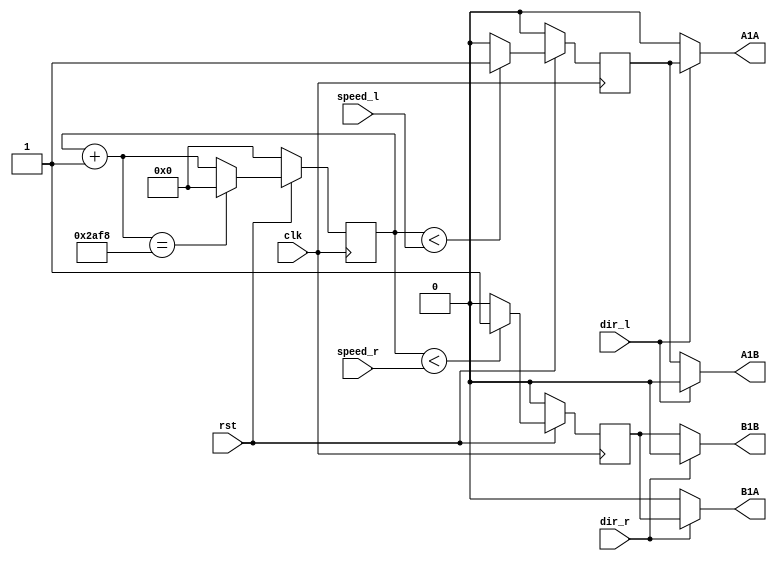
module Motor(
				input clk,
				input rst,
				input dir_l,
				input dir_r,
				input wire [13:0]speed_l,
				input wire [13:0]speed_r,
				output A1A,
				output A1B,
				output B1A,
				output B1B
);
	reg [13:0] counter;
	reg pwm_l;
	reg pwm_r;
	parameter NUM_C = 11000; // counter max value motor speed varies within (0- NUM_C)
	
	always@(posedge clk)
	begin
		if(rst == 1)
		begin
			if (counter < speed_l)
				pwm_l = 1'b1;
			
			else
				pwm_l = 1'b0;
			
			if (counter < speed_r)
				pwm_r = 1'b1;
				
			else
				pwm_r = 1'b0;
				
			
			counter = counter + 1;
			if (counter == NUM_C)
				counter = 0;
		end
		else
		begin
			counter = 0;
			pwm_l = 0;
			pwm_r = 0;
		end
	end
	
	assign A1A = (dir_l == 1)? pwm_l: 0;
	assign A1B = (dir_l == 0)? pwm_l: 0;
	assign B1A = (dir_r == 1)? pwm_r: 0;
	assign B1B = (dir_r == 0)? pwm_r: 0;
	
endmodule